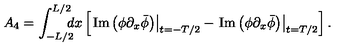
A _ { 4 } = \int _ { - L / 2 } ^ { L / 2 } \! \! \! \! d x \left[ \left. \mathrm { I m } \left( \phi \partial _ { x } \bar { \phi } \right) \right| _ { t = - T / 2 } - \left. \mathrm { I m } \left( \phi \partial _ { x } \bar { \phi } \right) \right| _ { t = T / 2 } \right] .